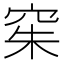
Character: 𫁍